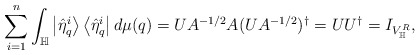
\begin{align*}\sum_{i=1}^{n}\int_{\mathbb{H}}\left|\hat{\eta}_{q}^{i}\right\rangle\left\langle \hat{\eta}_{q}^{i}\right|d\mu(q)=UA^{-1/2}A(UA^{-1/2})^{\dagger}=UU^{\dagger}=I_{V_\mathbb{H}^R}, \end{align*}